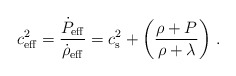
\begin{align*}c_{\rm eff}^2 = {\dot{P}_{\rm eff} \over \dot{\rho}_{\rm eff}} = c_{\rm s}^2 + \left( {\rho+P\over \rho+\lambda} \right) \,.\end{align*}